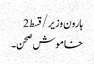
ہارون وزیر/قسط2
خاموش صحن۔